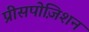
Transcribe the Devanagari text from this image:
प्रीसपोज़िशन